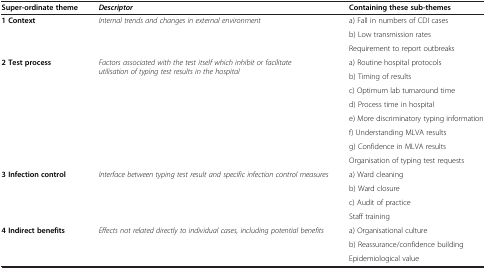
<table><thead><tr><td><b>Super-ordinate theme</b></td><td><b><i>Descriptor</i></b></td><td><b>Containing these sub-themes</b></td></tr></thead><tbody><tr><td rowspan="3"><b>1 Context</b></td><td rowspan="3"><i>Internal trends and changes in external environment</i></td><td>a) Fall in numbers of CDI cases</td></tr><tr><td>b) Low transmission rates</td></tr><tr><td>Requirement to report outbreaks</td></tr><tr><td rowspan="8"><b>2 Test process</b></td><td rowspan="8"><i>Factors associated with the test itself which inhibit or facilitate utilisation of typing test results in the hospital</i></td><td>a) Routine hospital protocols</td></tr><tr><td>b) Timing of results</td></tr><tr><td>c) Optimum lab turnaround time</td></tr><tr><td>d) Process time in hospital</td></tr><tr><td>e) More discriminatory typing information</td></tr><tr><td>f) Understanding MLVA results</td></tr><tr><td>g) Confidence in MLVA results</td></tr><tr><td>Organisation of typing test requests</td></tr><tr><td rowspan="4"><b>3 Infection control</b></td><td rowspan="4"><i>Interface between typing test result and specific infection control measures</i></td><td>a) Ward cleaning</td></tr><tr><td>b) Ward closure</td></tr><tr><td>c) Audit of practice</td></tr><tr><td>Staff training</td></tr><tr><td rowspan="2"><b>4 Indirect benefits</b></td><td rowspan="2"><i>Effects not related directly to individual cases, including potential benefits</i></td><td>a) Organisational culture</td></tr><tr><td>b) Reassurance/confidence building</td></tr><tr><td> </td><td> </td><td>Epidemiological value</td></tr></tbody></table>